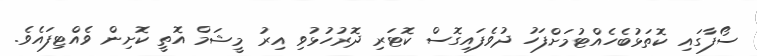
ސޯފާގައި ކޮތަޅުބެހެއްޓުމަށްފަހު ދުވެފައިގޮސް ކޮޓަރި ދޮރުހުޅުވި އިރު މީޝަމް އޮތީ ކޮށިން ވެއްޓިފައެވެ.